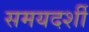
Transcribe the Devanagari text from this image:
समयदर्शी